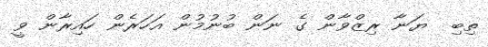
ތިބި  ޔަނާ ރިޒްވާން ގެ ނަން ބުނުމުން އަހަރެން ހައިރާން ވީ